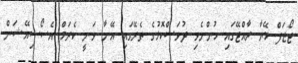
ޖޯޒަފް މޭޔާ ރާއްޖޭގައި ހުންނެވި ދުވަސްކޮޅުގެ ތެރޭގައި އޭނާ ވަނީ ކެރަމް އެސޯސިއޭޝަން